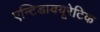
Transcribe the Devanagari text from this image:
एन्टिडाययूरेटिक